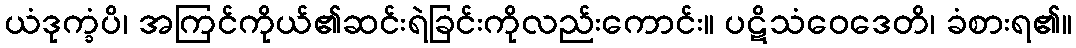
ယံဒုက္ခံပိ၊ အကြင်ကိုယ်၏ဆင်းရဲခြင်းကိုလည်းကောင်း။ ပဋိသံဝေဒေတိ၊ ခံစားရ၏။